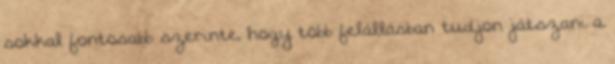
sokkal fontosabb szerinte, hogy több felállásban tudjon játszani a